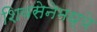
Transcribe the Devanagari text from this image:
शिवसेनेमध्ये